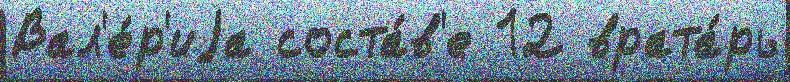
Вал'е́р'иjа соста́в'е 12 врата́рь